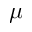
\mu